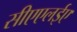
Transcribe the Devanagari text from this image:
सीएएलईए